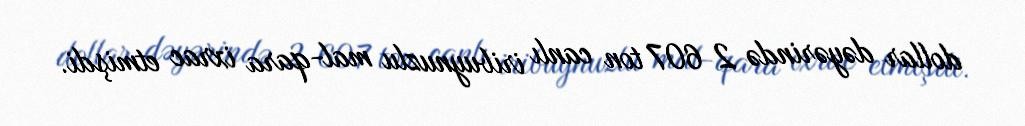
dollar dəyərində 2 607 ton canlı iribuynuzlu mal-qara ixrac etmişdi.